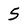
Character: 5